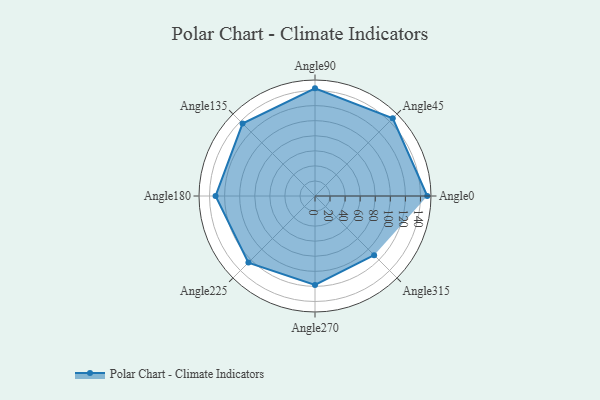
{"axis": {"x": "Angle", "y": "Radius"}, "legend": [""], "data": [{"x": "Angle0", "y": 149.0, "type": ""}, {"x": "Angle45", "y": 146.0, "type": ""}, {"x": "Angle90", "y": 143.0, "type": ""}, {"x": "Angle135", "y": 136.0, "type": ""}, {"x": "Angle180", "y": 132.0, "type": ""}, {"x": "Angle225", "y": 125.0, "type": ""}, {"x": "Angle270", "y": 118.0, "type": ""}, {"x": "Angle315", "y": 111.0, "type": ""}]}